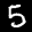
Label: 5